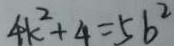
4 k ^ { 2 } + 4 = 5 b ^ { 2 }